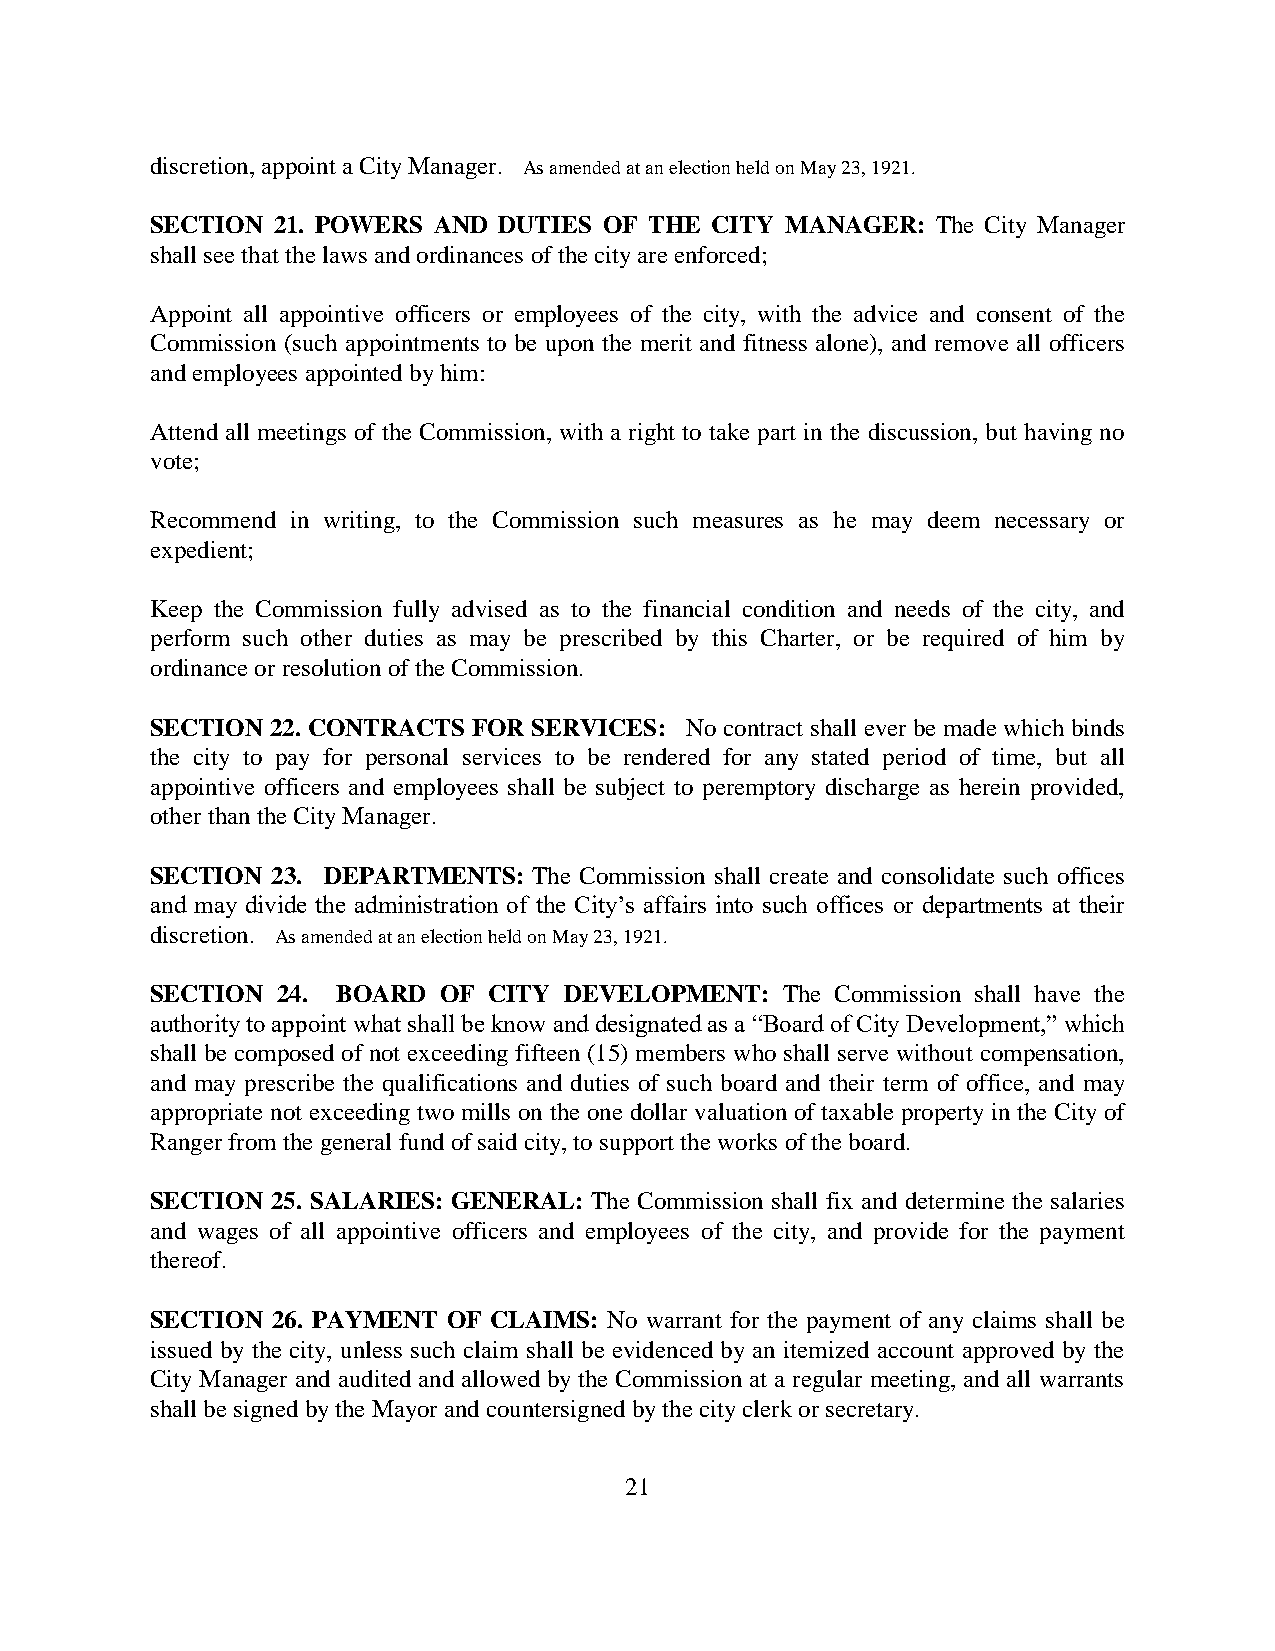
discretion, appoint a City Manager. As amended at an election held on May 23, 1921.
 SECTION 21. POWERS AND DUTIES OF THE CITY MANAGER:  The City Manager
 shall see that the laws and ordinances of the city are enforced;
 Appoint all appointive officers or employees of the city, with the advice and consent of the
 Commission (such appointments to be upon the merit and fitness alone), and remove all officers
 and employees appointed by him:
 Attend all meetings of the Commission, with a right to take part in the discussion, but having no
 vote;
 Recommend in writing, to the Commission such measures as he may deem necessary or
 expedient;
 Keep the Commission fully advised as to the financial condition and needs of the city, and
 perform such other duties as may be prescribed by this Charter, or be required of him by
 ordinance or resolution of the Commission.
 SECTION 22. CONTRACTS FOR SERVICES: No contract shall ever be made which binds
 the city to pay for personal services to be rendered for any stated period of time, but all
 appointive officers and employees shall be subject to peremptory discharge as herein provided,
 other than the City Manager.
 SECTION 23. DEPARTMENTS: The Commission shall create and consolidate such offices
 and may divide the administration of the City’s affairs into such offices or departments at their
 discretion. As amended at an election held on May 23, 1921.
 SECTION 24. BOARD  OF CITY DEVELOPMENT:   The Commission shall have the
 authority to appoint what shall be know and designated as a “Board of City Development,” which
 shall be composed of not exceeding fifteen (15) members who shall serve without compensation,
 and may prescribe the qualifications and duties of such board and their term of office, and may
 appropriate not exceeding two mills on the one dollar valuation of taxable property in the City of
 Ranger from the general fund of said city, to support the works of the board.
 SECTION 25. SALARIES: GENERAL: The Commission shall fix and determine the salaries
 and wages of all appointive officers and employees of the city, and provide for the payment
 thereof.
 SECTION 26. PAYMENT OF CLAIMS: No warrant for the payment of any claims shall be
 issued by the city, unless such claim shall be evidenced by an itemized account approved by the
 City Manager and audited and allowed by the Commission at a regular meeting, and all warrants
 shall be signed by the Mayor and countersigned by the city clerk or secretary.
 21